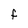
Character: F